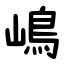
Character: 嶋